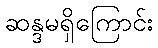
ဆန္ဒမရှိကြောင်း